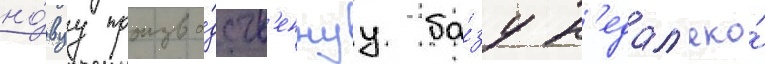
но́вуу произво́дств'еннуу ба́зу н'едал'еко́